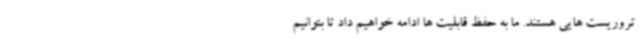
تروریست هایی هستند. ما به حفظ قابلیت ها ادامه خواهیم داد تا بتوانیم